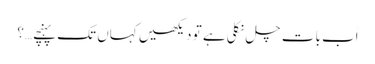
اَب بات چل نکلی ہے تو دیکھیں کہاں تک پہنچے…؟